King Institute of Preventive Medicine Micro-Biological Section reports 1912-19
Year: 1912
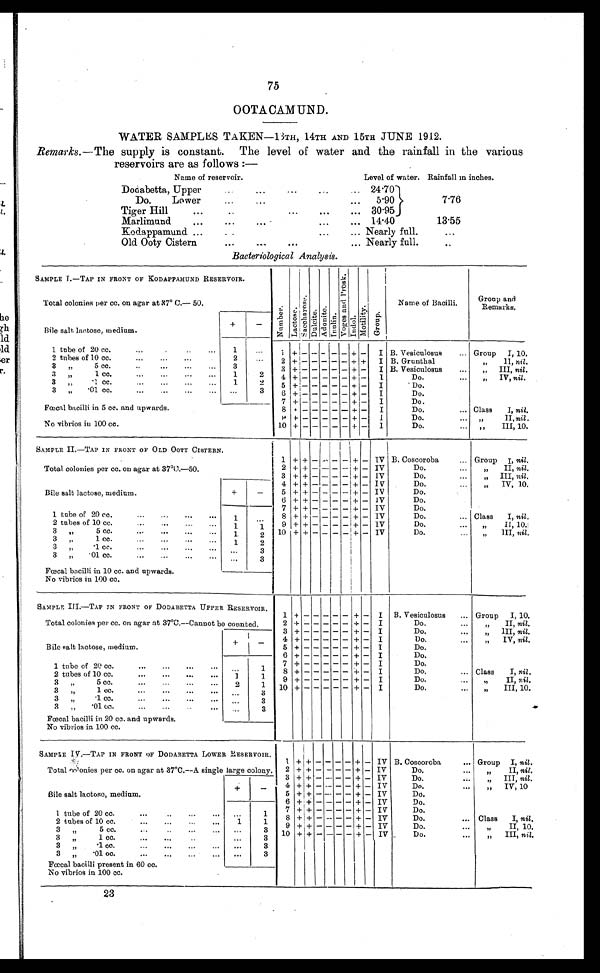
75
OOTACAMUND.
WATER SAMPLES TAKEN—13TH, 14TH AND 15TH JUNE 1912.
Remarks. —The supply is constant. The level of water and the rainfall in the various
reservoirs are as follows :—
Name of reservoir.
Level of water. Rainfall in inches.
...
Dodabetta, Upper
...
. ..
... 24.70
7.76
Do.
Lower
...
...
...
5.90
..
Tiger Hill
...
...
...
... 30.95
Marlimund
...
.. . ... . ... ...
14.40
13.55
Kodappamund ...
..
....
... Nearly full.
Old Ooty Cistern
...
......
...
... Nearly full.
Bacteriological Analysis.
SAMPLE I.—TAP IN FRONT OF KODAPPAMUND RESERVOIR.
Total colonies per cc. on agar at 87° C.—50.
N u m b e r . L a c t o s e .
S a c c h a r o s e . Dul ci t e.
Adoni t e .
Inul i n.
V o g e s a n d P r o s k .
Indol.
Mot i l i t y. Group.
Name of Bacilli.
Group and
Remarks.
Bile salt lactose, medium.
+
-
1 tube of 20 cc.
...
.
1
...
1 + - - - - - + - I B. Vesiculosus
... Group I, 10.
2 tubes of 10 cc.
...
...
...
2
...
2 + - - - - - + + I B. Grunthal
"
II, nil.
3 "
5 cc.
...
..
..
3
...
3 + - - - - - + - I B. Vesiculosus
...
" III, nil.
3 "
1 cc.
...
...
...
...
1
2
4 + - - - - - + - I
Do.
... "
IV, nil.
3 "
.1 cc.
...
...
...
...
1
2
5 + - - - - - + - I
Do.
3 "
.01 cc. ...
. .
...
3
6 + - - - - - + - I
Do.
7 + - - - - - + - I
Do.
Fœcal bacilli in 5 cc. and upwards.
No vibrios in 100 cc.
8 + - - - - - + - I
Do.
... Class
I, nil.
9 + - - - - - + - I
Do.
II, nil.
10 + - - - - - + - I
Do.
... "
III, 10.
SAMPLE II.—TAP IN FRONT OF OLD OOTY CISTERN.
Total colonies per cc. on agar at 37ºC.—50.
1 + + - - - - + - IV B. Coscoroba
... Group I, nil.
2 + + - - -
+ - IV
Do.
" II, nil.
3 + + - - -
+ - IV
Do.
III, nil.
Bile salt lactose, medium.
+
-
4 + + - - - - + - IV
Do.
" IV, 10.
5 + + - - - - + - IV
Do.
6 + + - - - - - IV
Do.
7 + + - - - - + - IV
Do.
1 tube of 20 cc.......
1
...
8 + + - - - - + - IV
Do.
... Class
I, nil.
2 tubes of 10 cc..
1
1
9 + + - - - - + - IV
Do.
" II, 10.
3 "
5 cc.
1
2 10 + + - - -
+ - IV
Do.
... "
III, nil.
3 "
1 cc.
1
2
3
.1 cc.
...
...
...
... ...
3
3 "
.01 cc.
...
...
...
... ... 3
Fœcal bacilli in 10 cc. and upwards.
No vibrios in 100 cc.
SAMPLE III.—TAP IN FRONT OF DODABETTA UPPER RESERVOIR.
Total colonies per cc. on agar at 37°C.—Cannot be counted.
1
+
-
- - - -
+ - I B. Vesiculosus
... Group I, 10.
2 + - - - - - + - I
Do.
...
"
II, nil.
3 + - - - - - + - I
Do.
" III, nil.
Bile salt lactose, medium.
+
-
4 + - - - - - + - I
Do.
" IV, nil.
5 + - - - - - + - I
Do.
6 + - - - - - + - I
Do.
1 tube of 20 cc.
...
...
...
...
...
1
7 + - - - - - + - I
Do.
2 tubes of 10 cc.
1
1
8 + - - - - - + - I
Do.
... Class
I, nil.
3 "
5 cc. ...
2
1
9 + - - - - - + - I
Do.
" II, nil.
3 "
1 cc.
...
...
...
...
...
3
3 "
.1 cc. .. .. . .
...
3
3 "
.01 c.c. ... ... ..
...
3
Fœcal bacilli in 20 cc. and upwards.
No vibrios in. 100 cc.
SAMPLE IV.—TAP IN FRONT OF DODABETTA LOWER RESERVOIR.
Total colonies per cc. on agar at 37ºC.—A. single large colony.
1
+
+ - - - - + - IV B. Coscoroba
Group I, nil.
2 + + - - - - + - IV
Do.
" II, nil.
3 + + - - - - + - IV
Do.
...
" III, nil.
Bile salt lactose, medium.
+
-
4 + + - - - - + - IV
Do.
" IV, 10
5 + + - - - - + - IV
Do.
6 + + - - - - + - IV
Do.
7 + + - - - - + - IV
Do.
1 tube of 20 cc.
...
...
1
8 + + - - - - + - IV
Do.
... Class
I, nil.
2 tubes of 10 cc.
...
...
...
...
1
1
9 + + - - - - + - IV
Do.
" II, 10.
3 " 5 cc. ... .. ... ...
...
3 10 + + - - - - + - IV
Do.
" III, nil.
3 "
1 cc.
..
...
..
...
3
3". 1 cc.
...
...
...
...
...
3
3 "
.01 cc. ... ... ...
... 3
Fœcal bacilli present in 60 cc.
No vibrios in 100 cc.
23